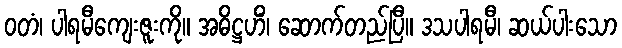
ဝတံ၊ ပါရမီကျေးဇူးကို။ အဓိဋ္ဌဟိံ၊ ဆောက်တည်ပြီ။ ဒသပါရမီ၊ ဆယ်ပါးသော